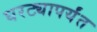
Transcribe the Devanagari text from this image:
घरट्यापर्यंत